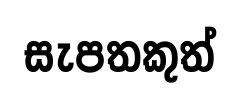
සැපතකුත්